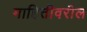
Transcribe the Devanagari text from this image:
माहितीवरील